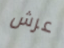
عرش